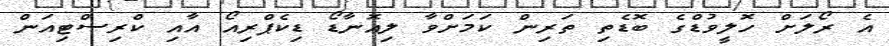
އެ ރޯލަށް ހޮލީވުޑްގެ ބޮޑެތި ތަރިން ކަމަށްވާ ލިއޮނާޑޯ ޑިކެޕްރިއޯ އާއި ކްރިސްޓިއަން